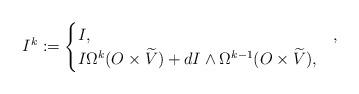
LaTeX: \begin{align*} I^k := \begin{cases} I, & , \\ I \Omega^k (O\times \widetilde{V}) + dI \wedge \Omega^{k-1} (O\times \widetilde{V}), & \end{cases}\end{align*}